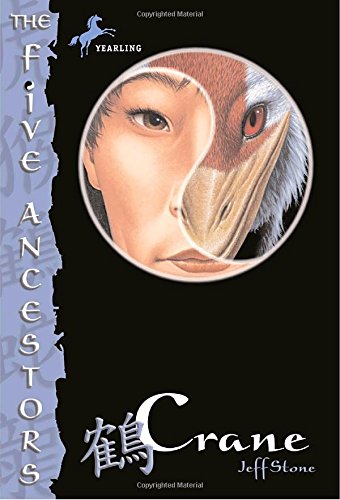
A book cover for Crane (The Five Ancestors, Book 4); Jeff Stone; Children's Books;